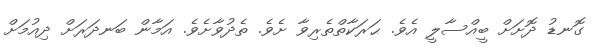
ގޮނޑު ދޮށަށް ބީއްސާލީ އެވެ. ޙަރަކާތްތެރިވާ ށެވެ. ތެދުވާށެވެ. އަމާން ބަނދަރަށް ދިއުމަށް